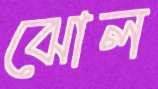
ঝোল